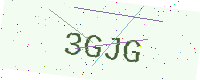
Text: 3GJG